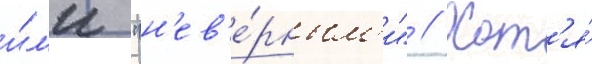
и́л'и "н'ев'е́рным'и" // Хот'я́